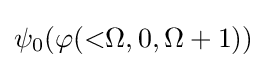
\psi _{0}(\varphi ({\mathsf {<}}\Omega ,0,\Omega +1))